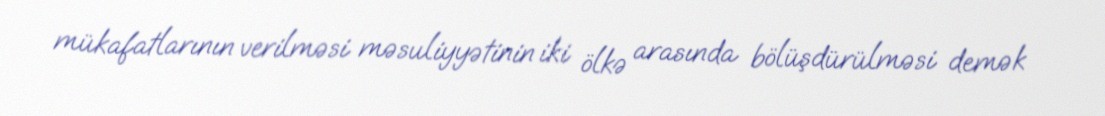
mükafatlarının verilməsi məsuliyyətinin iki ölkə arasında bölüşdürülməsi demək